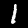
Digit: 1